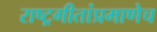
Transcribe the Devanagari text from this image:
राष्ट्रगीतांप्रमाणेच